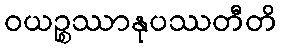
ဝယဉ္စဿာနုပဿတီတိ